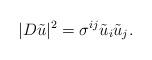
LaTeX: \begin{align*}|D \tilde{u}|^2 = \sigma^{ij} \tilde{u}_i \tilde{u}_j.\end{align*}